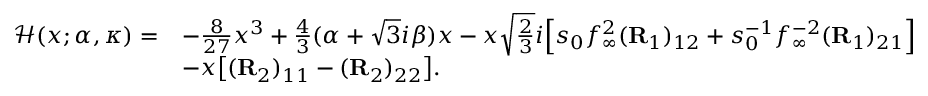
\begin{array} { r l } { \mathcal { H } ( x ; \alpha , \kappa ) = } & { - \frac { 8 } { 2 7 } x ^ { 3 } + \frac { 4 } { 3 } ( \alpha + \sqrt { 3 } i { \beta } ) x - x \sqrt { \frac { 2 } { 3 } } i \Big [ s _ { 0 } f _ { \infty } ^ { 2 } ( \mathbf { R } _ { 1 } ) _ { 1 2 } + s _ { 0 } ^ { - 1 } f _ { \infty } ^ { - 2 } ( \mathbf { R } _ { 1 } ) _ { 2 1 } \Big ] } \\ & { - x \big [ ( \mathbf { R } _ { 2 } ) _ { 1 1 } - ( \mathbf { R } _ { 2 } ) _ { 2 2 } \big ] . } \end{array}